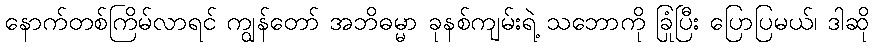
နောက်တစ်ကြိမ်လာရင် ကျွန်တော် အဘိဓမ္မာ ခုနစ်ကျမ်းရဲ့ သဘောကို ခြုံပြီး ပြောပြမယ်၊ ဒါဆို